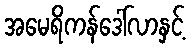
အမေရိကန်ဒေါ်လာနှင့်